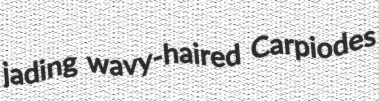
jading wavy-haired Carpiodes